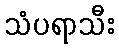
သံပရာသီး